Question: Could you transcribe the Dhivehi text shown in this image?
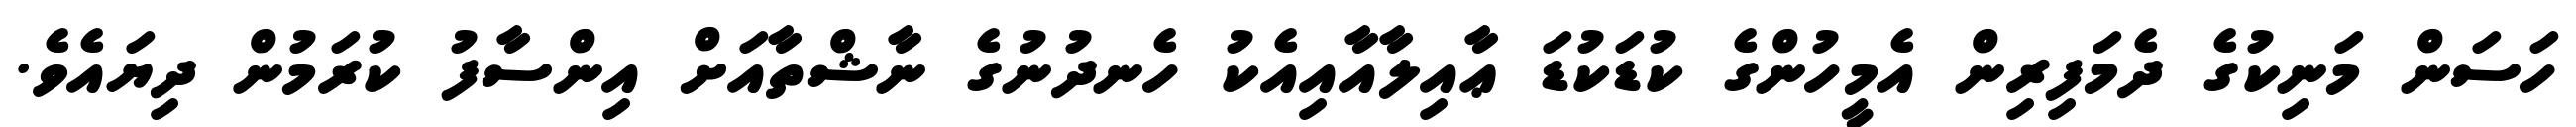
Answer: ހަސަން މަނިކުގެ ދެމަފިރިން އެމީހުންގެ ކުޑަކުޑަ ޢާއިލާއާއިއެކު ހެނދުނުގެ ނާޝްތާއަށް އިންސާފު ކުރަމުން ދިޔައެވެ.